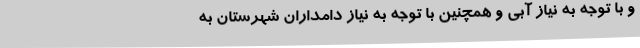
و با توجه به نیاز آبی و همچنین با توجه به نیاز دامداران شهرستان به